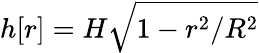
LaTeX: h[r]=H\sqrt{1-r^{2}/R^{2}}